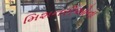
મિશનરીઓના